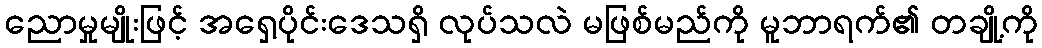
ညောမှုမျိုးဖြင့် အရှေ့ပိုင်းဒေသရှိ လုပ်သလဲ မဖြစ်မည်ကို မူဘာရက်၏ တချို့ကို